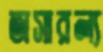
অসারল্য